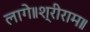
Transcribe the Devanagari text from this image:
लागे॥श्रीराम॥